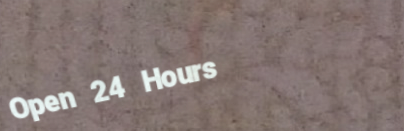
Open 24 Hours